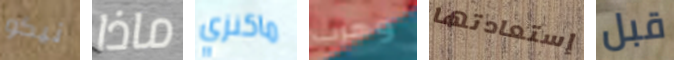
نيكو ماذا ماكنزي وهرب إستعادتها قبل